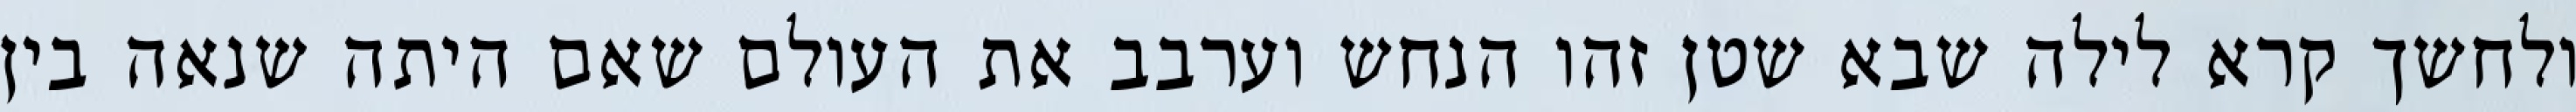
ולחשך קרא לילה שבא שטן זהו הנחש וערבב את העולם שאם היתה שנאה בין